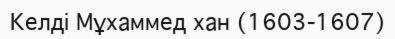
Келді Мұхаммед хан (1603-1607)